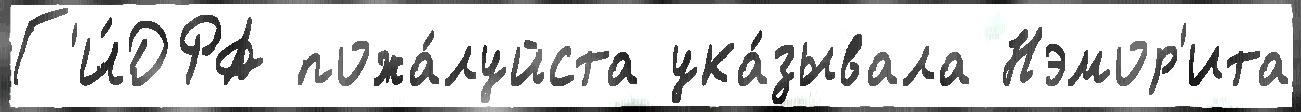
Г'И́ДРА пожа́луйста ука́зывала Нэмор'ита